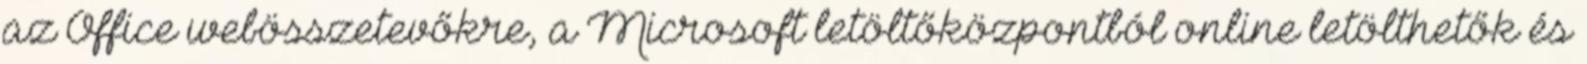
az Office webösszetevőkre, a Microsoft letöltőközpontból online letölthetők és